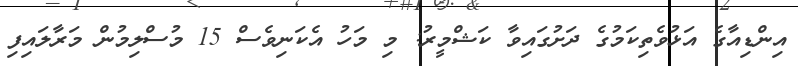
އިންޑިއާގެ އަޅުވެތިކަމުގެ ދަށުގައިވާ ކަޝްމީރު: މި މަހު އެކަނިވެސް 15 މުސްލިމުން މަރާލައިފި